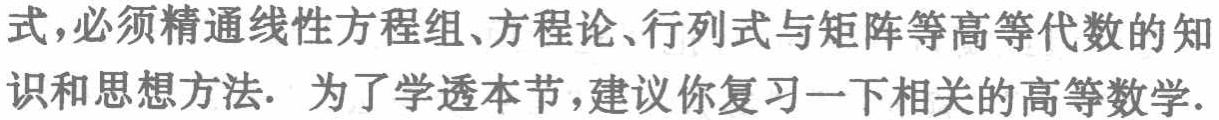
式,必须精通线性方程组、方程论、行列式与矩阵等高等代数的知识和思想方法. 为了学透本节,建议你复习一下相关的高等数学.